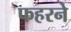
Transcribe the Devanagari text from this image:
फहरने